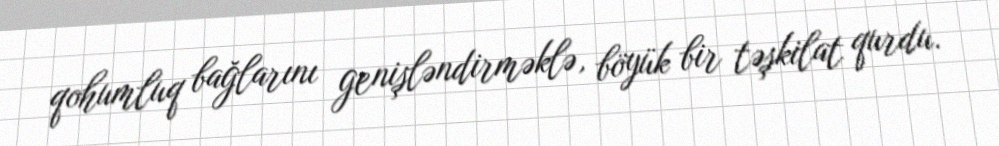
qohumluq bağlarını genişləndirməklə, böyük bir təşkilat qurdu.